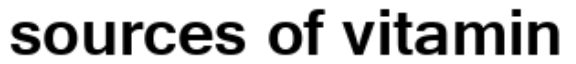
sources of vitamin